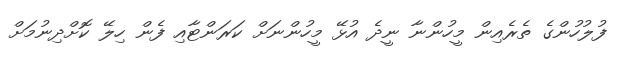
ފުލުހުންގެ ތެރެއިން މީހުންނާ ނީދެ އުޅޭ މީހުންނަށް ކަރަންޓާއި ފެން ހިލޭ ކޮށްދިނުމަށް